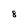
Character: 8